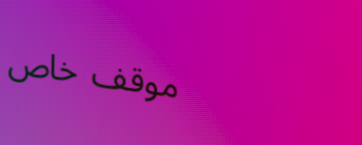
موقف خاص